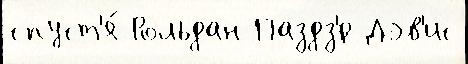
спуст'я́ Рольдан Паздз'́р Дэв'ис